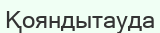
Қояндытауда